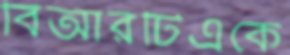
বিআরটিএকে